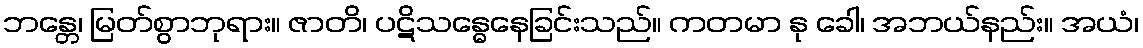
ဘန္တေ၊ မြတ်စွာဘုရား။ ဇာတိ၊ ပဋိသန္ဓေနေခြင်းသည်။ ကတမာ နု ခေါ၊ အဘယ်နည်း။ အယံ၊